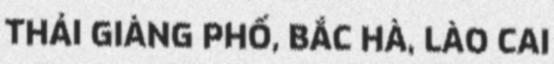
THẢI GIÀNG PHỐ, BẮC HÀ, LÀO CAI